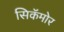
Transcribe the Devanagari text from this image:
सिकॅमोर